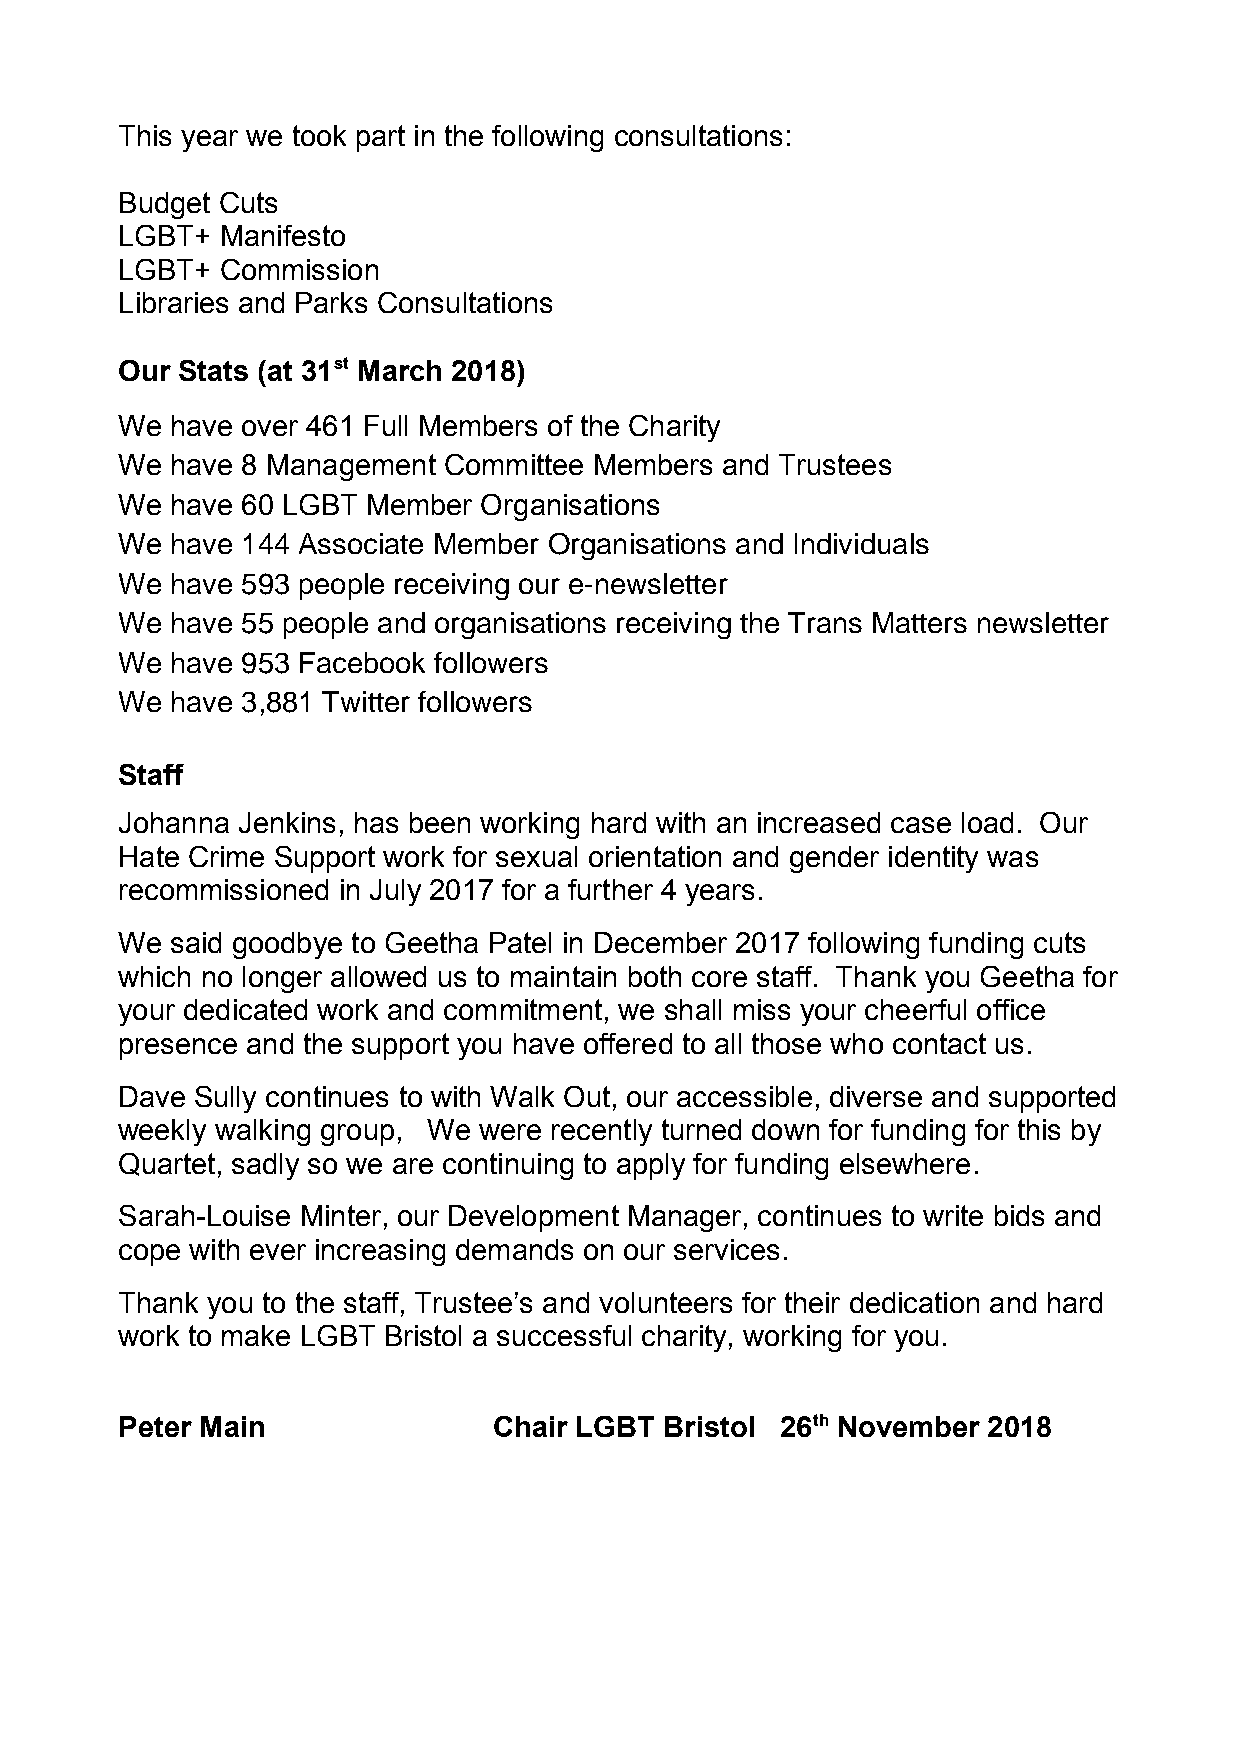
This year we took part in the following consultations:
 Budget Cuts
 LGBT+  Manifesto
 LGBT+  Commission
 Libraries and Parks Consultations
 Our Stats (at 31st March 2018)
 We have over 461 Full Members of the Charity
 We have 8 Management Committee Members  and Trustees
 We have 60 LGBT Member  Organisations
 We have 144 Associate Member Organisations and Individuals
 We have 593 people receiving our e-newsletter
 We have 55 people and organisations receiving the Trans Matters newsletter
 We have 953 Facebook followers
 We have 3,881 Twitter followers
 Staff
 Johanna Jenkins, has been working hard with an increased case load. Our
 Hate Crime Support work for sexual orientation and gender identity was
 recommissioned in July 2017 for a further 4 years.
 We said goodbye to Geetha Patel in December 2017 following funding cuts
 which no longer allowed us to maintain both core staff. Thank you Geetha for
 your dedicated work and commitment, we shall miss your cheerful office
 presence and the support you have offered to all those who contact us.
 Dave Sully continues to with Walk Out, our accessible, diverse and supported
 weekly walking group, We were recently turned down for funding for this by
 Quartet, sadly so we are continuing to apply for funding elsewhere.
 Sarah-Louise Minter, our Development Manager, continues to write bids and
 cope with ever increasing demands on our services.
 Thank you to the staff, Trustee’s and volunteers for their dedication and hard
 work to make LGBT Bristol a successful charity, working for you.
 Peter Main               Chair LGBT Bristol 26th November 2018